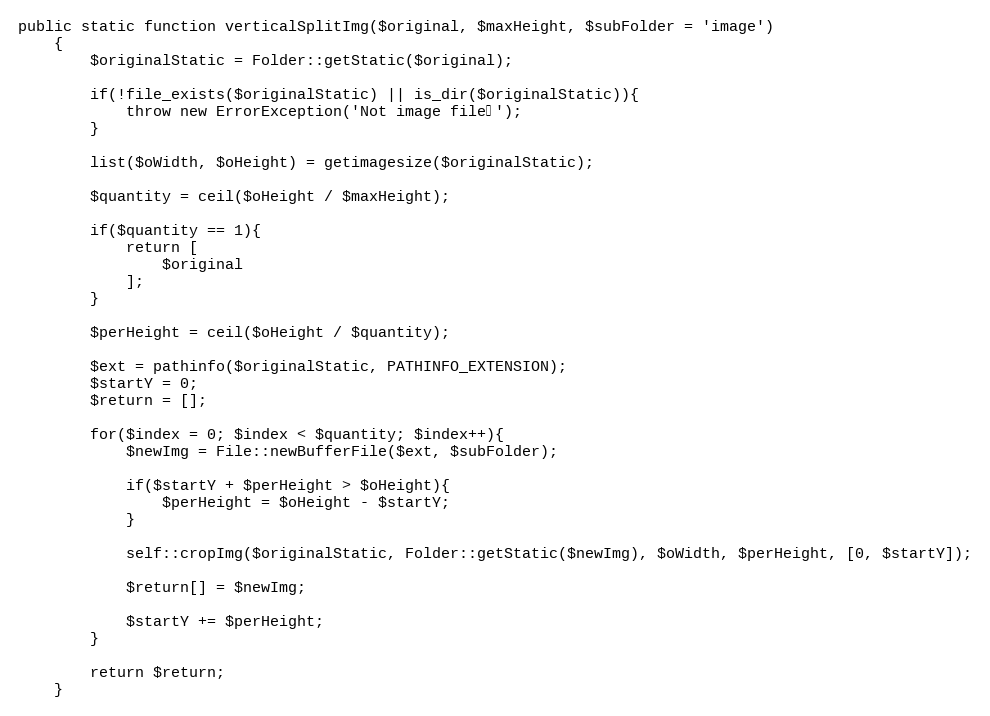
Language: PHP
public static function verticalSplitImg($original, $maxHeight, $subFolder = 'image')
    {
        $originalStatic = Folder::getStatic($original);

        if(!file_exists($originalStatic) || is_dir($originalStatic)){
            throw new ErrorException('Not image file！');
        }

        list($oWidth, $oHeight) = getimagesize($originalStatic);

        $quantity = ceil($oHeight / $maxHeight);

        if($quantity == 1){
            return [
                $original
            ];
        }

        $perHeight = ceil($oHeight / $quantity);

        $ext = pathinfo($originalStatic, PATHINFO_EXTENSION);
        $startY = 0;
        $return = [];

        for($index = 0; $index < $quantity; $index++){
            $newImg = File::newBufferFile($ext, $subFolder);

            if($startY + $perHeight > $oHeight){
                $perHeight = $oHeight - $startY;
            }

            self::cropImg($originalStatic, Folder::getStatic($newImg), $oWidth, $perHeight, [0, $startY]);

            $return[] = $newImg;

            $startY += $perHeight;
        }

        return $return;
    }